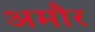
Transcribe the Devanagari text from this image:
अमौर